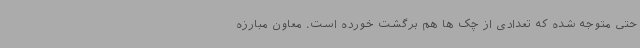
حتی متوجه شده که تعدادی از چک ها هم برگشت خورده است. معاون مبارزه